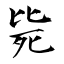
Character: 毙